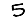
Digit: 5